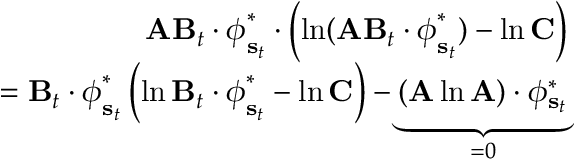
\begin{array} { r } { \mathbf { A } \mathbf { B } _ { t } \cdot \boldsymbol { \phi } _ { \mathbf { s } _ { t } } ^ { * } \cdot \left( \ln ( \mathbf { A } \mathbf { B } _ { t } \cdot \boldsymbol { \phi } _ { \mathbf { s } _ { t } } ^ { * } ) - \ln \mathbf { C } \right) } \\ { = \mathbf { B } _ { t } \cdot \boldsymbol { \phi } _ { \mathbf { s } _ { t } } ^ { * } \left( \ln \mathbf { B } _ { t } \cdot \boldsymbol { \phi } _ { \mathbf { s } _ { t } } ^ { * } - \ln \mathbf { C } \right) - \underbrace { ( \mathbf { A } \ln \mathbf { A } ) \cdot \boldsymbol { \phi _ { \mathbf { s } _ { t } } ^ { * } } } _ { = 0 } } \end{array}